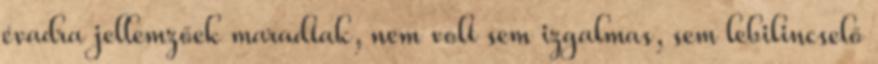
évadra jellemzőek maradtak, nem volt sem izgalmas, sem lebilincselő